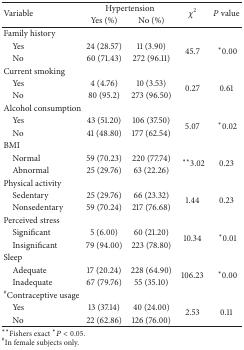
<table><thead><tr><td rowspan="2"><b>Variable</b></td><td colspan="2"><b>Hypertension</b></td><td rowspan="2"><b><i>χ</i><sup>2</sup></b></td><td rowspan="2"><b><i>P</i> value</b></td></tr><tr><td><b>Yes (%)</b></td><td><b>No (%)</b></td></tr></thead><tbody><tr><td>Family history</td><td> </td><td> </td><td> </td><td> </td></tr><tr><td> Yes</td><td>24 (28.57)</td><td>11 (3.90)</td><td rowspan="2">45.7</td><td rowspan="2"><sup>*</sup>0.00</td></tr><tr><td> No</td><td>60 (71.43)</td><td>272 (96.11)</td></tr><tr><td>Current smoking</td><td> </td><td> </td><td> </td><td> </td></tr><tr><td> Yes</td><td>4 (4.76)</td><td>10 (3.53)</td><td rowspan="2">0.27</td><td rowspan="2">0.61</td></tr><tr><td> No</td><td>80 (95.2)</td><td>273 (96.50)</td></tr><tr><td>Alcohol consumption</td><td> </td><td> </td><td> </td><td> </td></tr><tr><td> Yes</td><td>43 (51.20)</td><td>106 (37.50)</td><td rowspan="2">5.07</td><td rowspan="2"><sup>*</sup>0.02</td></tr><tr><td> No</td><td>41 (48.80)</td><td>177 (62.54)</td></tr><tr><td>BMI</td><td> </td><td> </td><td> </td><td> </td></tr><tr><td> Normal</td><td>59 (70.23)</td><td>220 (77.74)</td><td rowspan="2"><sup>**</sup>3.02</td><td rowspan="2">0.23</td></tr><tr><td> Abnormal</td><td>25 (29.76)</td><td>63 (22.26)</td></tr><tr><td>Physical activity</td><td> </td><td> </td><td> </td><td> </td></tr><tr><td> Sedentary</td><td>25 (29.76)</td><td>66 (23.32)</td><td rowspan="2">1.44</td><td rowspan="2">0.23</td></tr><tr><td> Nonsedentary</td><td>59 (70.24)</td><td>217 (76.68)</td></tr><tr><td>Perceived stress</td><td> </td><td> </td><td> </td><td> </td></tr><tr><td> Significant</td><td>5 (6.00)</td><td>60 (21.20)</td><td rowspan="2">10.34</td><td rowspan="2"><sup>*</sup>0.01</td></tr><tr><td> Insignificant</td><td>79 (94.00)</td><td>223 (78.80)</td></tr><tr><td>Sleep</td><td> </td><td> </td><td> </td><td> </td></tr><tr><td> Adequate</td><td>17 (20.24)</td><td>228 (64.90)</td><td rowspan="2">106.23</td><td rowspan="2"><sup>*</sup>0.00</td></tr><tr><td> Inadequate</td><td>67 (79.76)</td><td>55 (35.10)</td></tr><tr><td><sup>#</sup>Contraceptive usage</td><td> </td><td> </td><td> </td><td> </td></tr><tr><td> Yes</td><td>13 (37.14)</td><td>40 (24.00)</td><td rowspan="2">2.53</td><td rowspan="2">0.11</td></tr><tr><td> No</td><td>22 (62.86)</td><td>126 (76.00)</td></tr></tbody></table>